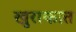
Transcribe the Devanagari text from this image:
खुराकात